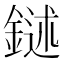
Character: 𨩔